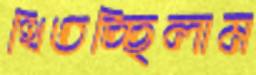
থিতচ্ছিলাম